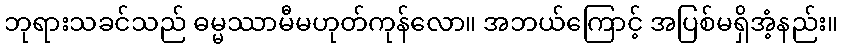
ဘုရားသခင်သည် ဓမ္မဿာမီမဟုတ်ကုန်လော။ အဘယ်ကြောင့် အပြစ်မရှိအံ့နည်း။